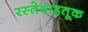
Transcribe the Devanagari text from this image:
रस्तेवाहतूक